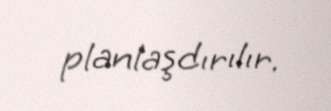
planlaşdırılır.